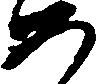
め